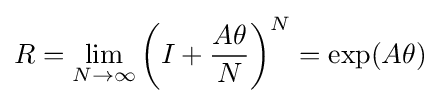
R=\lim _{N\to \infty }\left(I+{\frac {A\theta }{N}}\right)^{N}=\exp(A\theta )